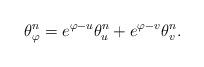
LaTeX: \begin{align*} \theta_{\varphi}^n = e^{\varphi-u}\theta_{u}^n + e^{\varphi-v}\theta_v^n. \end{align*}